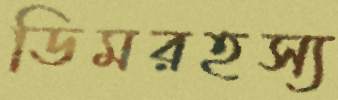
ডিমরহস্য